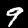
Digit: 9